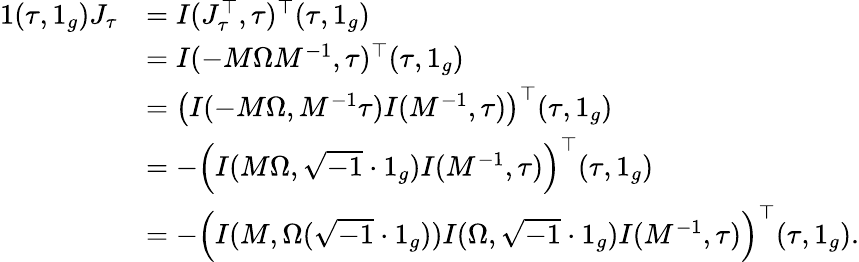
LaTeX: \begin{array}{rl}{1(\tau,1_{g})J_{\tau}}&{=I(J_{\tau}^{\top},\tau)^{\top}(\tau,1_{g})}\\ &{=I(-M\Omega M^{-1},\tau)^{\top}(\tau,1_{g})}\\ &{=\left(I(-M\Omega,M^{-1}\tau)I(M^{-1},\tau)\right)^{\top}(\tau,1_{g})}\\ &{=-\left(I(M\Omega,\sqrt{-1}\cdot 1_{g})I(M^{-1},\tau)\right)^{\top}(\tau,1_{g})}\\ &{=-\left(I(M,\Omega(\sqrt{-1}\cdot 1_{g}))I(\Omega,\sqrt{-1}\cdot 1_{g})I(M^{-1},\tau)\right)^{\top}(\tau,1_{g}).}\end{array}